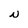
Character: N